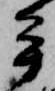
牟